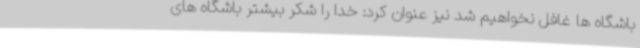
باشگاه ها غافل نخواهیم شد نیز عنوان کرد: خدا را شکر بیشتر باشگاه های